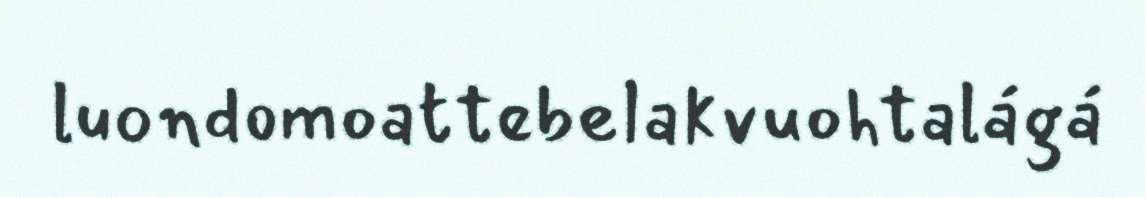
luondomoattebelakvuohtalágá